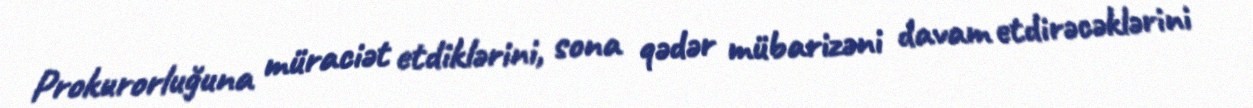
Prokurorluğuna müraciət etdiklərini, sona qədər mübarizəni davam etdirəcəklərini